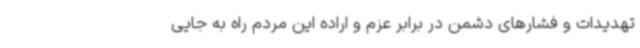
تهدیدات و فشارهای دشمن در برابر عزم و اراده این مردم راه به جایی